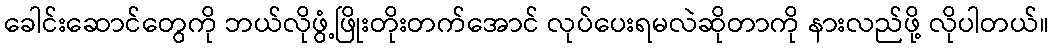
ခေါင်းဆောင်တွေကို ဘယ်လိုဖွံ့ဖြိုးတိုးတက်အောင် လုပ်ပေးရမလဲဆိုတာကို နားလည်ဖို့ လိုပါတယ်။